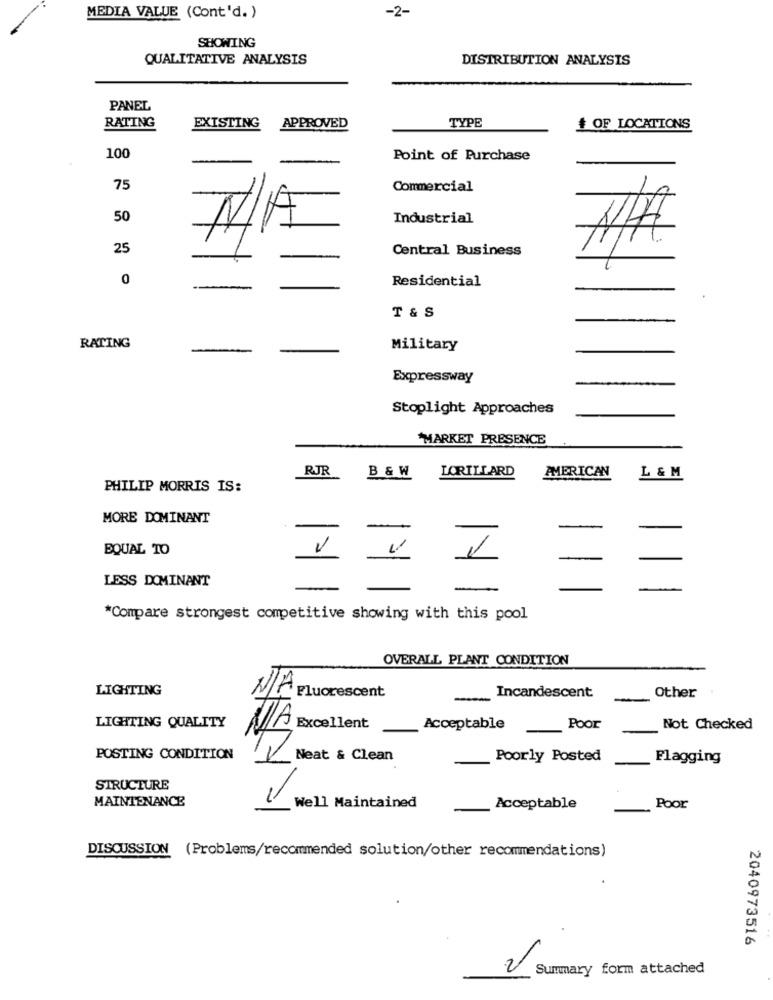
-2-
MEDIA VALUE (Cont'd. )
SHOWING
QUALITATIVE ANALYSIS
DISTRIBUTION ANALYSIS
PANEL
EXISTING
TYPE
RATING
APPROVED
# OF LOCATIONS
100
Point of Purchase
75
Commercial
50
Industrial
25
Central Business
0
Residential
T & S
RATING
Military
Expressway
Stoplight Approaches
MARKET PRESENCE
RJR
LORILLARD
AMERICAN
B & W
L & M
PHILIP MORRIS IS:
MORE DOMINANT
EQUAL TO
LESS DOMINANT
-
*Compare strongest competitive showing with this pool
OVERALL PLANT CONDITION
LIGHTING
-
Incandescent
-
Other
LIGHTING QUALITY
AExcellent
Acceptable
Poor
Not Checked
POSTING CONDITION
Neat & Clean
Poorly Posted
Flagging
STRUCTURE
MAINTENANCE
Well Maintained
Acceptable
. Poor
DISCUSSION (Problems/recommended solution/other recommendations)
2040973516
2
Summary form attached